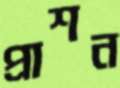
প্রাশন